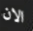
الان